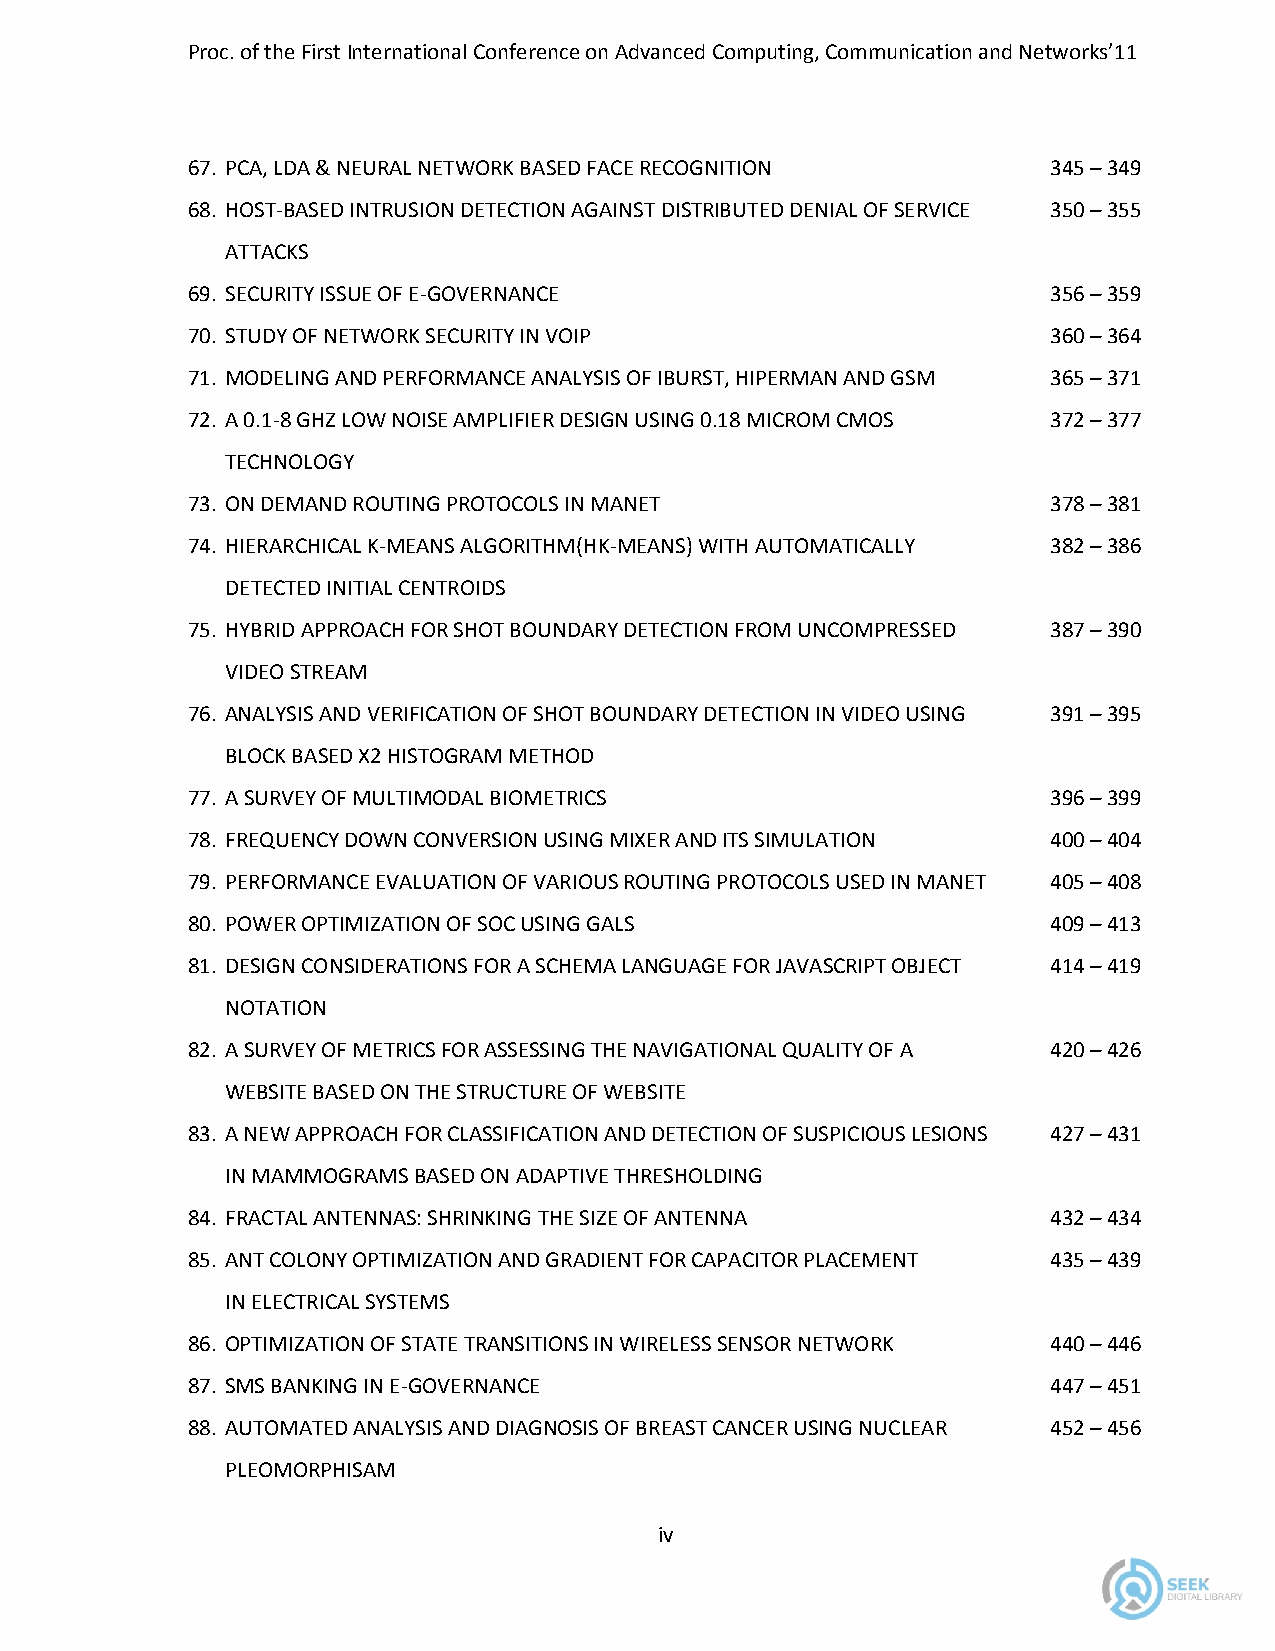
Proc. of the First International Conference on Advanced Computing, Communication and Networks’11
 67. PCA, LDA & NEURAL NETWORK BASED FACE RECOGNITION      345 – 349
 68. HOST-BASED INTRUSION DETECTION AGAINST DISTRIBUTED DENIAL OF SERVICE 350 – 355
 ATTACKS
 69. SECURITY ISSUE OF E-GOVERNANCE                        356 – 359
 70. STUDY OF NETWORK SECURITY IN VOIP                     360 – 364
 71. MODELING AND PERFORMANCE ANALYSIS OF IBURST, HIPERMAN AND GSM 365 – 371
 72. A 0.1-8 GHZ LOW NOISE AMPLIFIER DESIGN USING 0.18 MICROM CMOS 372 – 377
 TECHNOLOGY
 73. ON DEMAND ROUTING PROTOCOLS IN MANET                  378 – 381
 74. HIERARCHICAL K-MEANS ALGORITHM(HK-MEANS) WITH AUTOMATICALLY 382 – 386
 DETECTED INITIAL CENTROIDS
 75. HYBRID APPROACH FOR SHOT BOUNDARY DETECTION FROM UNCOMPRESSED 387 – 390
 VIDEO STREAM
 76. ANALYSIS AND VERIFICATION OF SHOT BOUNDARY DETECTION IN VIDEO USING 391 – 395
 BLOCK BASED X2 HISTOGRAM METHOD
 77. A SURVEY OF MULTIMODAL BIOMETRICS                     396 – 399
 78. FREQUENCY DOWN CONVERSION USING MIXER AND ITS SIMULATION 400 – 404
 79. PERFORMANCE EVALUATION OF VARIOUS ROUTING PROTOCOLS USED IN MANET 405 – 408
 80. POWER OPTIMIZATION OF SOC USING GALS                  409 – 413
 81. DESIGN CONSIDERATIONS FOR A SCHEMA LANGUAGE FOR JAVASCRIPT OBJECT 414 – 419
 NOTATION
 82. A SURVEY OF METRICS FOR ASSESSING THE NAVIGATIONAL QUALITY OF A 420 – 426
 WEBSITE BASED ON THE STRUCTURE OF WEBSITE
 83. A NEW APPROACH FOR CLASSIFICATION AND DETECTION OF SUSPICIOUS LESIONS 427 – 431
 IN MAMMOGRAMS BASED ON ADAPTIVE THRESHOLDING
 84. FRACTAL ANTENNAS: SHRINKING THE SIZE OF ANTENNA       432 – 434
 85. ANT COLONY OPTIMIZATION AND GRADIENT FOR CAPACITOR PLACEMENT 435 – 439
 IN ELECTRICAL SYSTEMS
 86. OPTIMIZATION OF STATE TRANSITIONS IN WIRELESS SENSOR NETWORK 440 – 446
 87. SMS BANKING IN E-GOVERNANCE                           447 – 451
 88. AUTOMATED ANALYSIS AND DIAGNOSIS OF BREAST CANCER USING NUCLEAR 452 – 456
 PLEOMORPHISAM
 iv